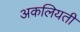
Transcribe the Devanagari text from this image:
अकलियती